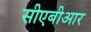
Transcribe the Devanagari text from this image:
सीएबीआर